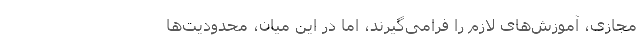
مجازی، آموزش‌های لازم را فرامی‌گیرند، اما در این میان، محدودیت‌ها